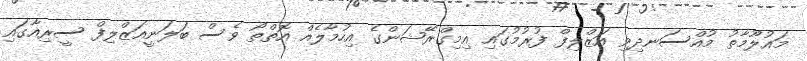
މައުލޫމާތު މުއްސަނދިވި އަޒްލިފް ފުރުމުގައި އިމިގްރޭޝަންގެ އިހުމާލެއް އޮތްތޯ ވެސް ބަލަނީއަޒްލިފް ސީރިއާގައި